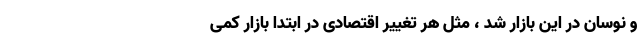
و نوسان در این بازار شد ، مثل هر تغییر اقتصادی در ابتدا بازار کمی